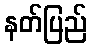
နတ်ပြည်